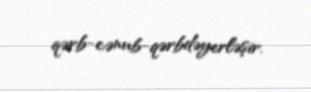
qərb-cənub-qərbdəyerləşir.